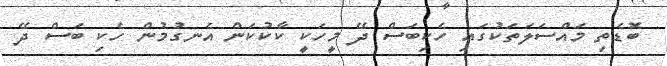
ބޮޑެތި މައްސަލަތަކުގައި ހެކިބަސް ދޭ މީހަކީ ކާކުކަން އެނގުމުން ހެކި ބަސް ދޭ